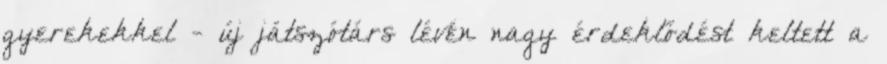
gyerekekkel - új játszótárs lévén nagy érdeklődést keltett a